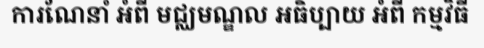
ការណែនាំ អំពី មជ្ឈមណ្ឌល អធិប្បាយ អំពី កម្មវិធី